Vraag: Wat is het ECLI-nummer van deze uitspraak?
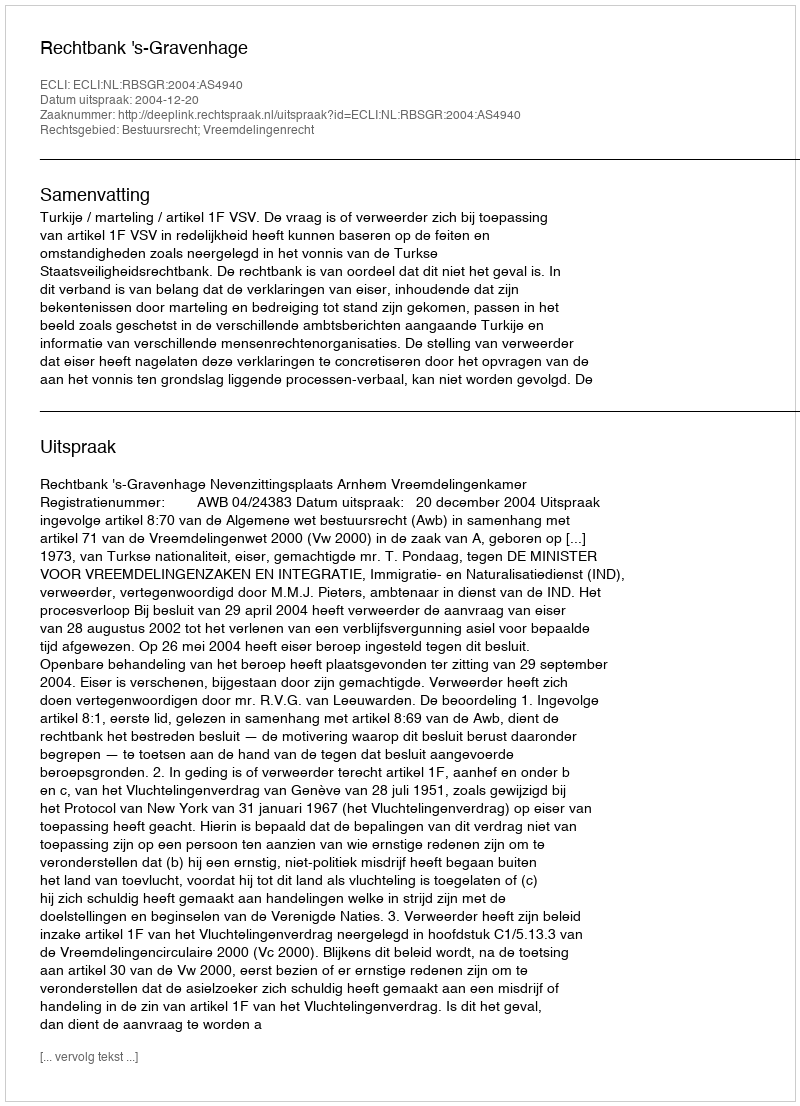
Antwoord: ECLI:NL:RBSGR:2004:AS4940